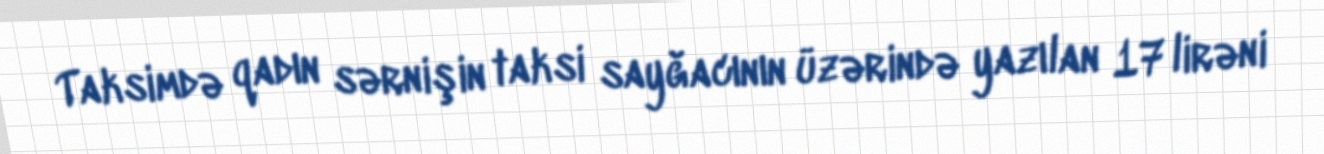
Taksimdə qadın sərnişin taksi sayğacının üzərində yazılan 17 lirəni